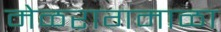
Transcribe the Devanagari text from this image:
मेळरागमाळा